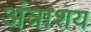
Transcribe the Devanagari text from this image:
अंत्राशय